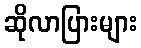
ဆိုလာပြားများ